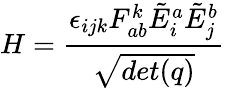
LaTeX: H={\frac{\epsilon_{ijk}F_{ab}^{k}{\tilde{E}}_{i}^{a}{\tilde{E}}_{j}^{b}}{\sqrt{det(q)}}}